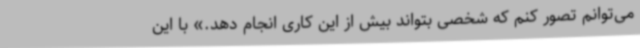
می‌توانم تصور کنم که شخصی بتواند بیش از این کاری انجام دهد.» با این